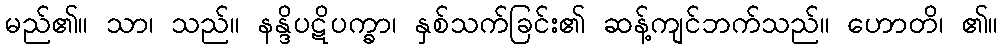
မည်၏။ သာ၊ သည်။ နန္ဒိပဋိပက္ခာ၊ နှစ်သက်ခြင်း၏ ဆန့်ကျင်ဘက်သည်။ ဟောတိ၊ ၏။